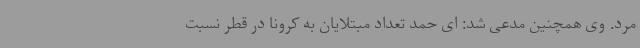
مرد. وی همچنین مدعی شد: ای حمد تعداد مبتلایان به کرونا در قطر نسبت